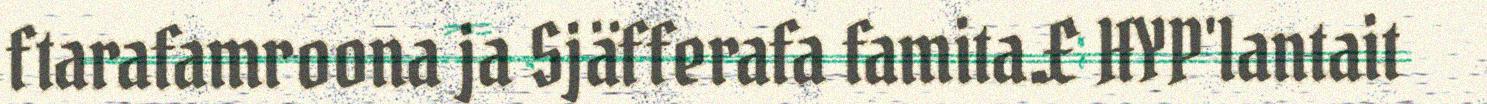
ftarafamroona ja Sjäfferafa famita.£ HYP'lantait